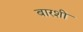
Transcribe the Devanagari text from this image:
बारशी